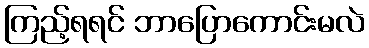
ကြည့်ရရင် ဘာပြောကောင်းမလဲ